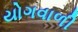
યોગવાળી